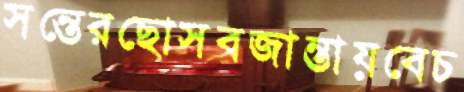
সন্তেরছোসবজান্তায়বেচ